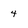
Character: 4